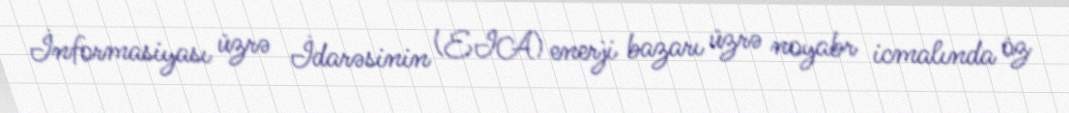
İnformasiyası üzrə İdarəsinin (EIA) enerji bazarı üzrə noyabr icmalında öz